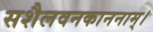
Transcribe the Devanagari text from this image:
सशैलवनकाननाम्।